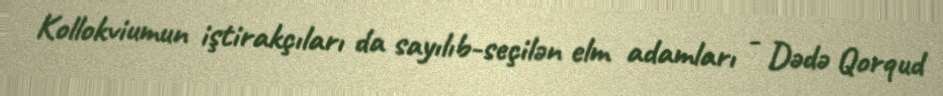
Kollokviumun iştirakçıları da sayılıb-seçilən elm adamları - Dədə Qorqud